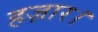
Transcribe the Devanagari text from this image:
हज़ार।